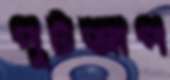
পুটআপ